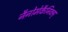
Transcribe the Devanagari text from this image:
नैनोमेकैनिक्स्